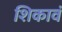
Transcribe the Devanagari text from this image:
शिकावं